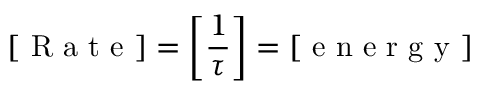
[ \mathrm { ~ R ~ a ~ t ~ e ~ } ] = \left[ { \frac { 1 } { \tau } } \right] = [ \mathrm { ~ e ~ n ~ e ~ r ~ g ~ y ~ } ]